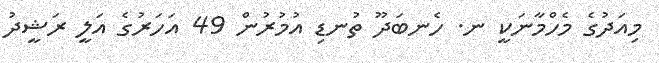
މިއަދުގެ މެހްމާނަކީ ނ. ހެނބަދޫ ތުނޑި އުމުރުން 49 އަހަރުގެ އަލީ ރަޝީދު